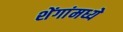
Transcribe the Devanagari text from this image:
शेंगांमध्ये